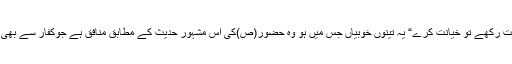
کوئی امانت رکھے تو خیانت کرے“ یہ تینوں خوبیاں جس میں ہو وہ حضور(ص)کی اس مشہور حدیث کے مطابق منافق ہے جوکفار سے بھی بدتر ہیں؟